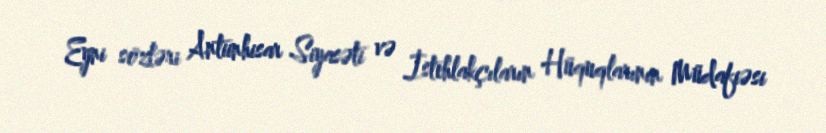
Eyni sözləri Antiinhisar Siyasəti və İstehlakçıların Hüquqlarının Müdafiəsi